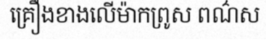
គ្រឿងខាងលើម៉ាកព្រូស ពណ៌ស